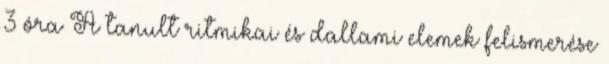
3 óra A tanult ritmikai és dallami elemek felismerése